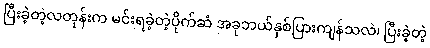
ပြီးခဲ့တဲ့လတုန်းက မင်းရခဲ့တဲ့ပိုက်ဆံ အခုဘယ်နှစ်ပြားကျန်သလဲ၊ ပြီးခဲ့တဲ့